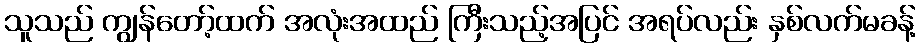
သူသည် ကျွန်တော့်ထက် အလုံးအထည် ကြီးသည့်အပြင် အရပ်လည်း နှစ်လက်မခန့်